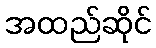
အထည်ဆိုင်